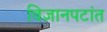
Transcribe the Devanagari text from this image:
विज्ञानपटांत